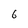
Character: 6